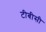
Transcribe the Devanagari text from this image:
टीबीसी